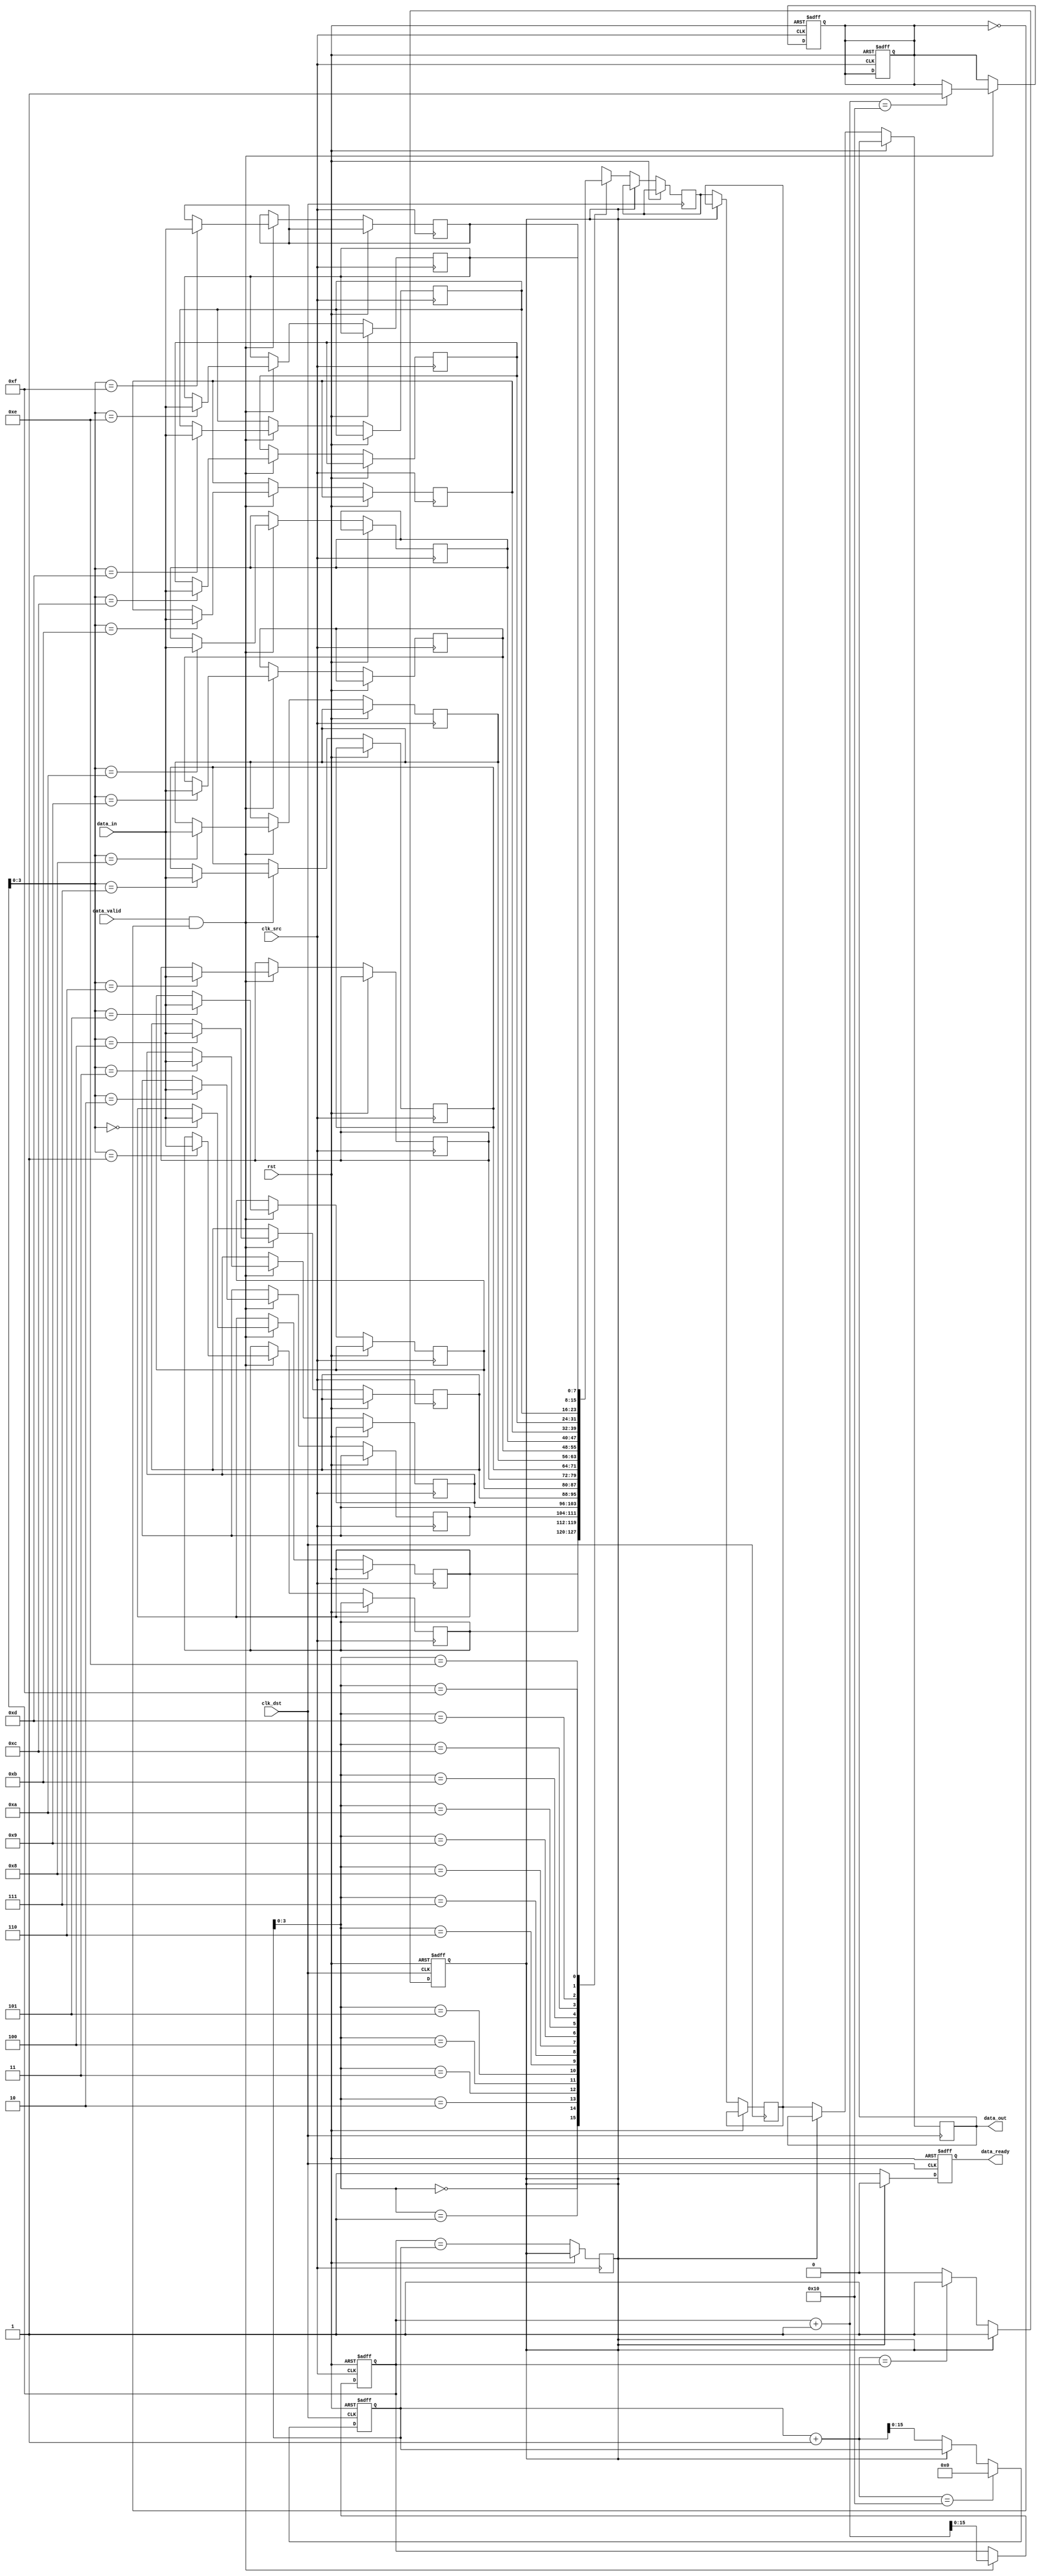
module memory_blocks_pipeline_synchronizer #(
    parameter DATA_WIDTH = 8,
    parameter FIFO_DEPTH = 16
)(
    input wire clk_src,           // Source clock
    input wire clk_dst,           // Destination clock
    input wire rst,               // Reset signal
    input wire [DATA_WIDTH-1:0] data_in, // Input data from source
    input wire data_valid,        // Input data valid signal
    output reg [DATA_WIDTH-1:0] data_out, // Output data to destination
    output reg data_ready         // Output data ready signal
);

    // FIFO structure
    reg [DATA_WIDTH-1:0] fifo_mem [0:FIFO_DEPTH-1];
    reg [FIFO_DEPTH-1:0] wr_ptr, rd_ptr;
    reg fifo_full, fifo_empty;

    // Synchronization registers
    reg [DATA_WIDTH-1:0] sync_reg1, sync_reg2;

    // Control logic
    always @(posedge clk_src or posedge rst) begin
        if (rst) begin
            wr_ptr <= 0;
            fifo_full <= 0;
        end else if (data_valid && !fifo_full) begin
            fifo_mem[wr_ptr] <= data_in;
            wr_ptr <= wr_ptr + 1;
            if (wr_ptr + 1 == FIFO_DEPTH) begin
                fifo_full <= 1; // FIFO is full
            end
        end
    end

    always @(posedge clk_dst or posedge rst) begin
        if (rst) begin
            rd_ptr <= 0;
            fifo_empty <= 1;
            data_ready <= 0;
        end else begin
            if (!fifo_empty) begin
                sync_reg1 <= fifo_mem[rd_ptr]; // First stage synchronization
                sync_reg2 <= sync_reg1;         // Second stage synchronization
                data_out <= sync_reg2;          // Output synchronized data
                data_ready <= 1;                // Indicate data is ready

                rd_ptr <= rd_ptr + 1;
                if (rd_ptr + 1 == wr_ptr) begin
                    fifo_empty <= 1; // FIFO is empty
                end
            end else begin
                data_ready <= 0; // No data ready
            end

            // Reset conditions for FIFO
            if (rd_ptr + 1 == FIFO_DEPTH) begin
                rd_ptr <= 0; // Reset read pointer
            end
        end
    end

    // FIFO empty and full flags
    always @(posedge clk_src or posedge rst) begin
        if (rst) begin
            fifo_full <= 0;
        end else begin
            fifo_empty <= (wr_ptr == rd_ptr);
        end
    end

endmodule